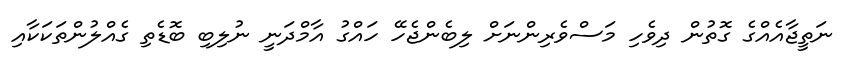
ނަތީޖާއެއްގެ ގޮތުން ދިވެހި މަސްވެރިންނަށް ލިބެންޖެހޭ ހައްގު އާމްދަނީ ނުލިބި ބޮޑެތި ގެއްލުންތަކަކާއި